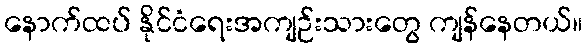
နောက်ထပ် နိုင်ငံရေးအကျဉ်းသားတွေ ကျန်နေတယ်။